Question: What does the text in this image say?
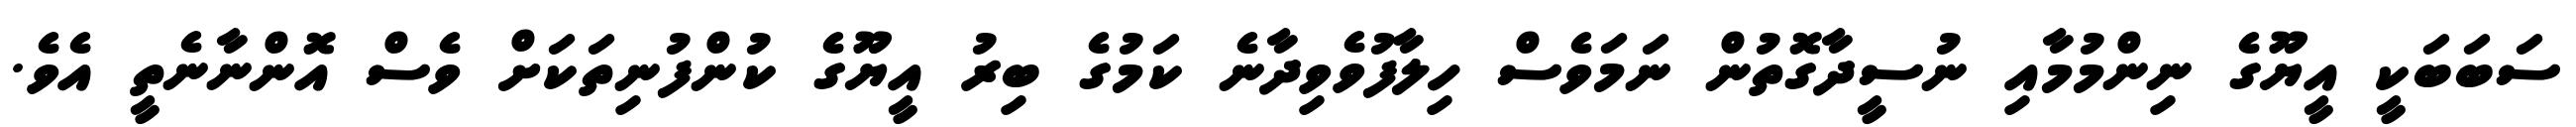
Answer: ސަބަބަކީ އީޔޫގެ ނިންމުމާއި ނުސީދާގޮތުން ނަމަވެސް ހިލާފުވެވިދާނެ ކަމުގެ ބިރު އީޔޫގެ ކުންފުނިތަކަށް ވެސް އޮންނާނެތީ އެވެ.